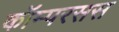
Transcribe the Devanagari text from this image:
कॉम्परसस